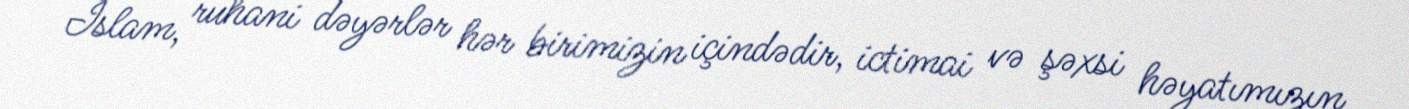
İslam, ruhani dəyərlər hər birimizin içindədir, ictimai və şəxsi həyatımızın